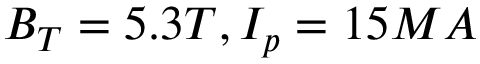
B _ { T } = 5 . 3 T , I _ { p } = 1 5 M A